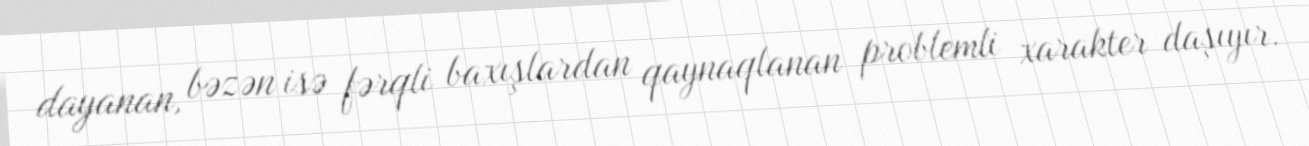
dayanan, bəzən isə fərqli baxışlardan qaynaqlanan problemli xarakter daşıyır.